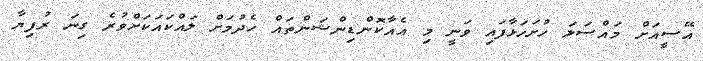
އޭސީއަށް މައްސަލަ ހުށަހަޅާފައި ވަނީ މި އެއާކޮންޑިންޝަންތައް ހެދުމަށް ލައްކައަކަށްވުރެ ގިނަ ރުފިޔާ